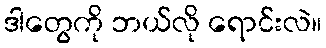
ဒါတွေကို ဘယ်လို ရောင်းလဲ။